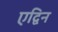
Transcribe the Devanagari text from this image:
एद्विन